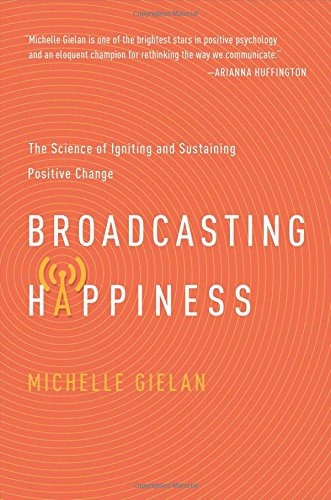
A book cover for Broadcasting Happiness: The Science of Igniting and Sustaining Positive Change; Michelle Gielan; Medical Books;